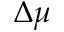
\Delta \mu